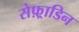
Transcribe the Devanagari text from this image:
सेफ़्राडिन